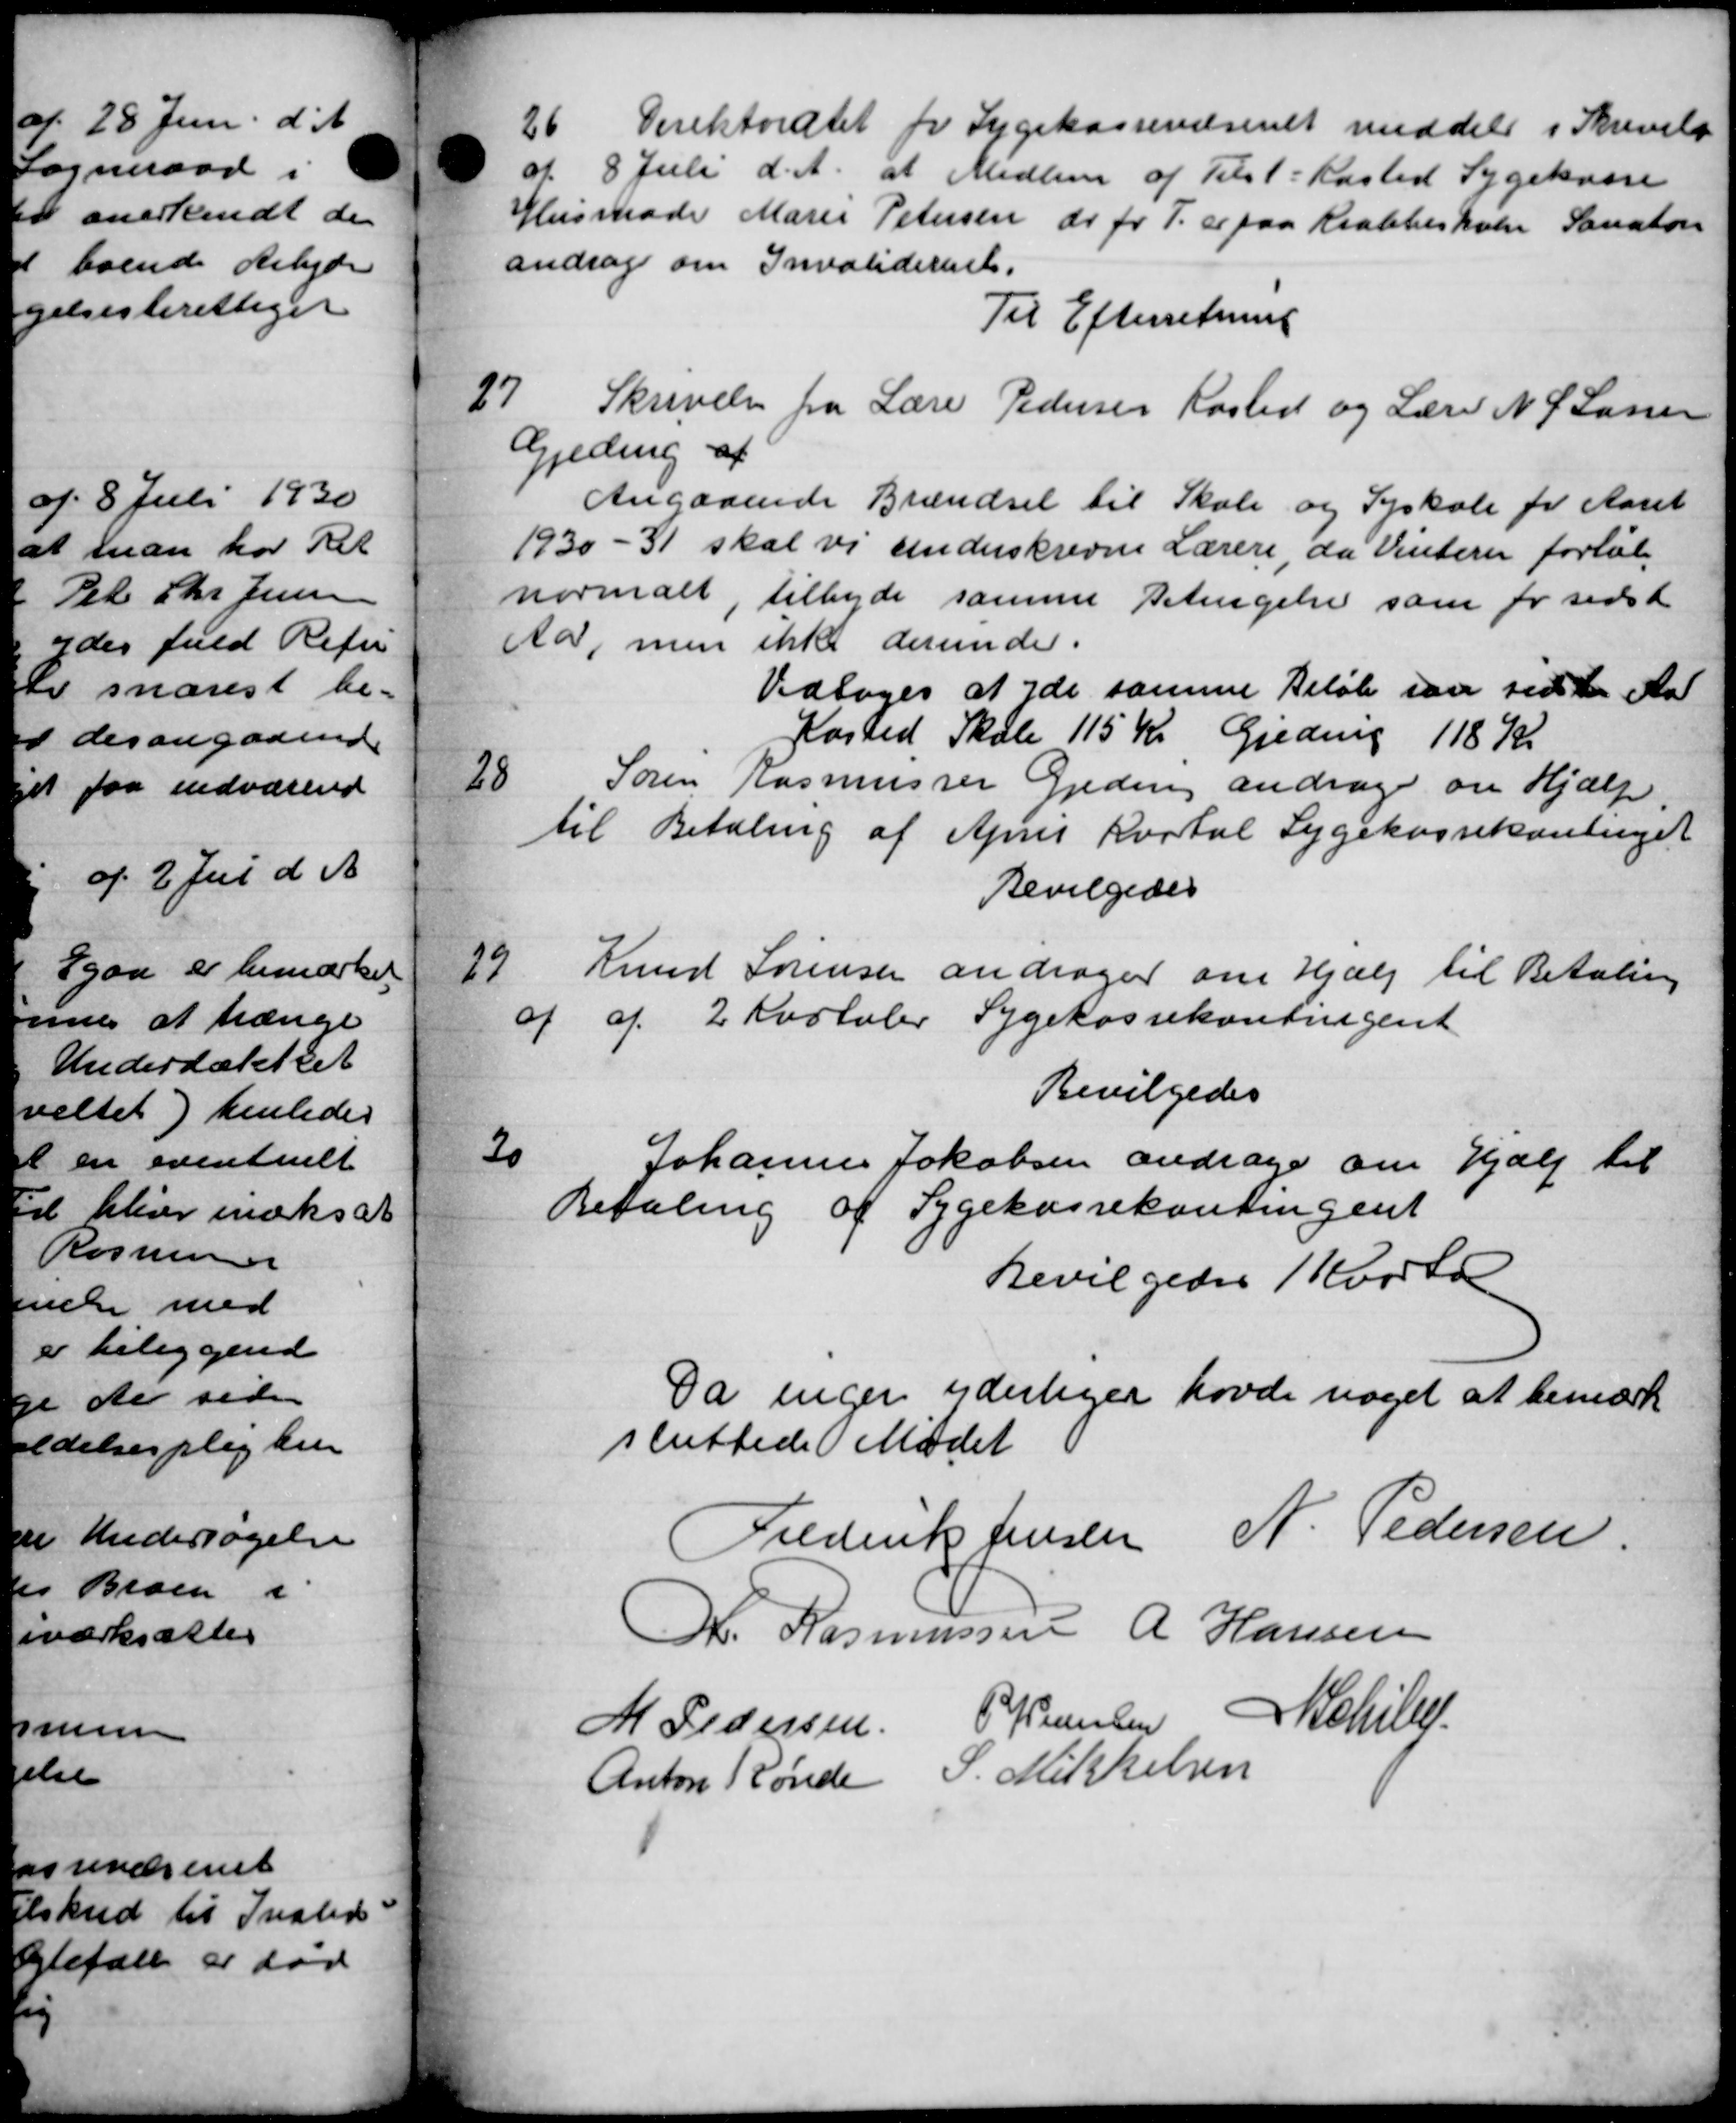
Transskription:
26 Direktoratet for Sygekassevæsenet meddeler i Skrivelse
af 8 Juli d. A. at Medlem af Tilst : Kasted Sygekasse
Husmode Marie Petersen do fr T. er paa Krabbesholer Sanaton
andrag om Invaliderente.
Til Efterretning
27
Skrivelse fra Lærer Pedersen Rasted og Lærer N. S. Larsen
Gjeding af
Angaaende Brændsel til Skole og Syskole fra Aaret
1930-31 skal vi underskrevne Lærere, da Vinterer forløb
normalt, tilbyde samme Betingelse som for sidst
Aa, men ikke derunder.
Vedtoges at yde samme Beløb saa sidste Aar
Kasted Skole 115 Kr, Greding 118 Kr
28
Søren Rasmussen Gjeding andrager om Hjælp.
til Betaling af April Kartal Sygekassekontinget
Bevilgedes
29
Knud Sørensen andrager om Hjælp til Betaling
af af 2 Kvotaler Sygekassekontingent
Bevilgedes
20
Johannes Jakobsen andrager om Hjælp til
Betaling af Sygekassekontingent
Bevilgedes Korto
Da ingen yderliger havde noget at bemærk
sluttede Mødet
Frederik Jensen N. Pedersen
M. Rasmussen A Hansen
M Pedersen P. Hansen Schill
Anton Rønde S. Mikkelsen